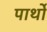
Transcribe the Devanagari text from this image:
पार्थो